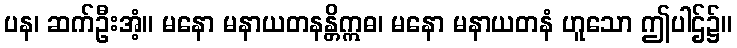
ပန၊ ဆက်ဦးအံ့။ မနော မနာယတနန္တိဣဓ၊ မနော မနာယတနံ ဟူသော ဤပါဌ်၌။